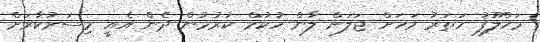
މަޚްލޫފު ހަތަރު މަހަށް ޖަލަށް ލާން ހުކުމް ކުރުމުން ދެން އެއީ މިސަރުކާރަށް